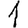
Digit: 1